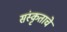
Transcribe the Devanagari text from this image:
संस्कृताचे